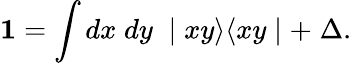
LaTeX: {\textbf 1}=\int dx\; dy\; \mid xy\rangle\langle xy\mid+\; \Delta.